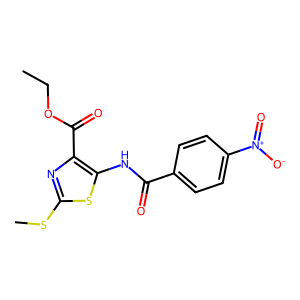
SMILES: CCOC(=O)c1nc(SC)sc1NC(=O)c1ccc([N+](=O)[O-])cc1
Inhibits HIV replication: No